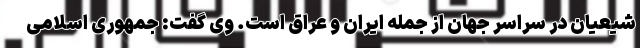
شیعیان در سراسر جهان از جمله ایران و عراق است. وی گفت: جمهوری اسلامی